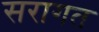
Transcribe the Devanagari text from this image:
सरागत